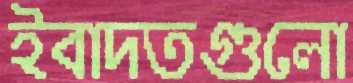
ইবাদতগুলো